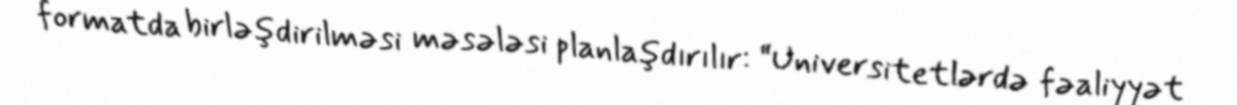
formatda birləşdirilməsi məsələsi planlaşdırılır: “Universitetlərdə fəaliyyət